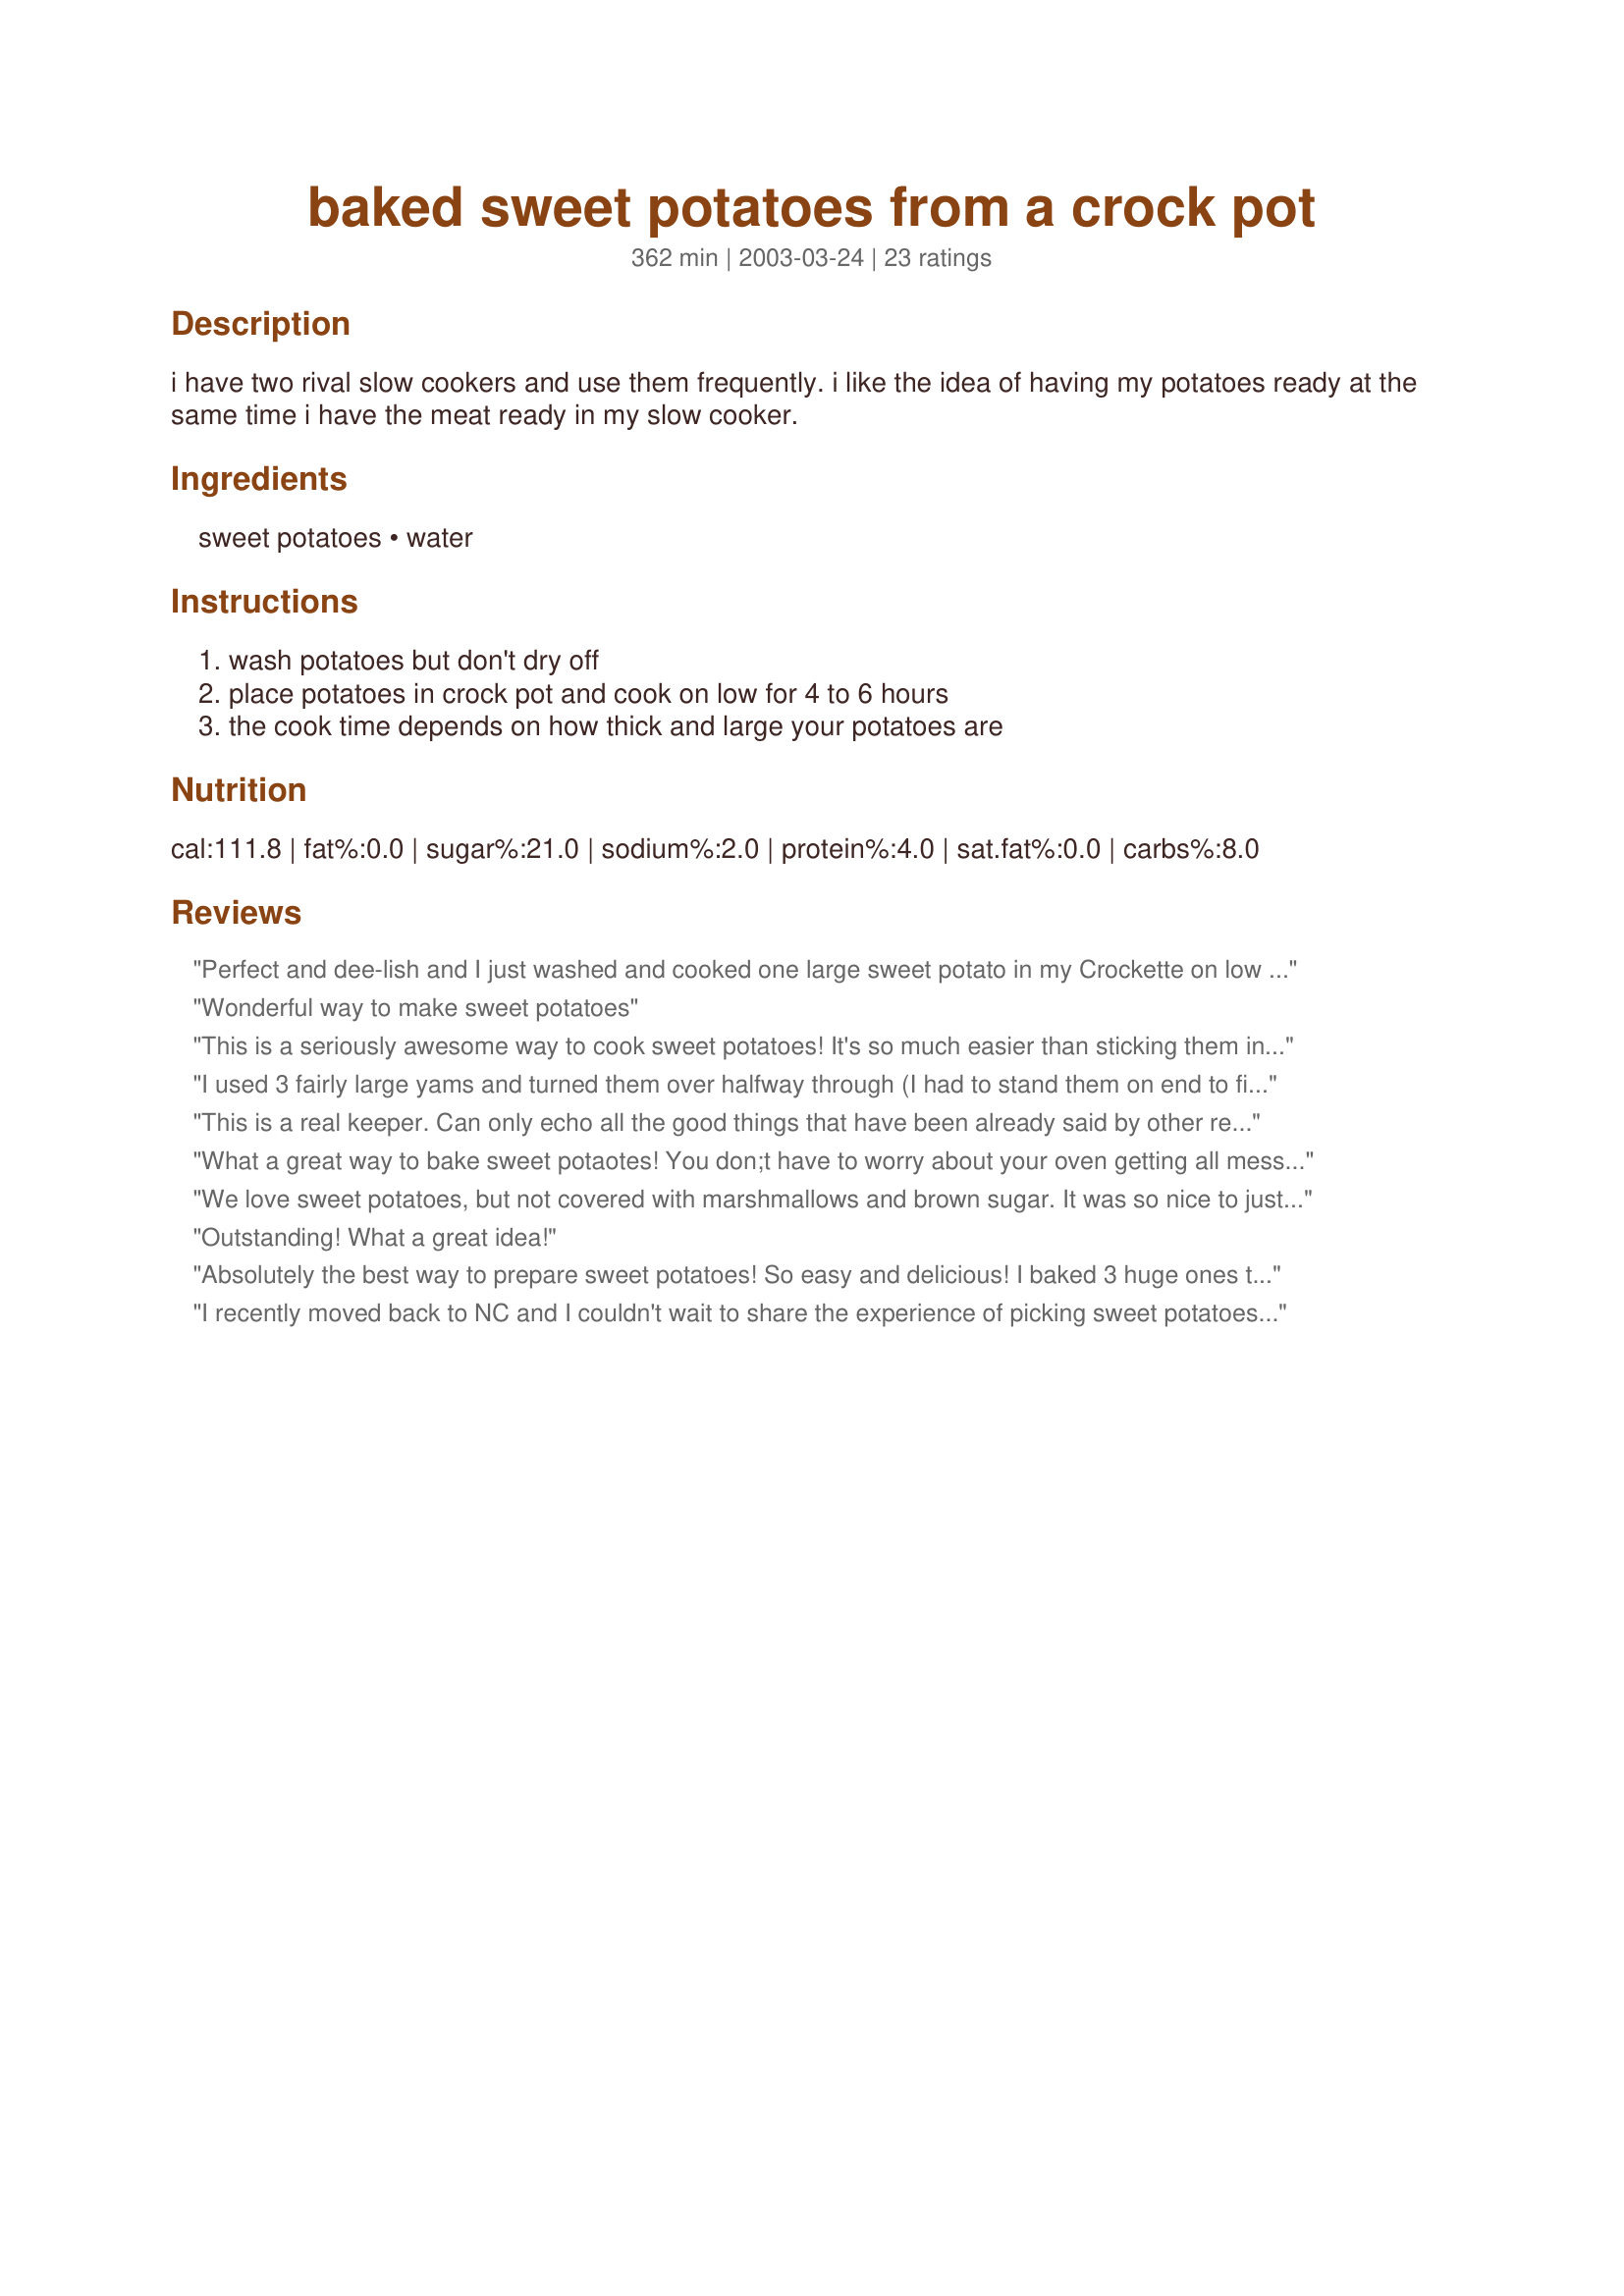
baked sweet potatoes from a crock pot
Preparation time: 362 minutes

i have two rival slow cookers and use them frequently. i like the idea of having my potatoes ready at the same time i have the meat ready in my slow cooker.

Ingredients:
sweet potatoes, water

Steps:
wash potatoes but don't dry off, place potatoes in crock pot and cook on low for 4 to 6 hours, the cook time depends on how thick and large your potatoes are

Reviews:
Perfect and dee-lish and I just 
washed and cooked one large sweet potato in my Crockette on low for 4 hours. Thanks for sharing this one !
Wonderful way to make sweet potatoes
This is a seriously awesome way to cook sweet potatoes! It's so much easier than sticking them in the oven!! They came out perfect and were so delicious! This is how I will make them from now on!
I used 3 fairly large yams and turned them over halfway through (I had to stand them on end to fit since my crockpot wasn't wide enough). They were tender after about 5 hours, at which I point I mashed them into a curry soup, but left one out for my four year-old who ate it straight with butter and asked for the leftovers the next two days at lunch!
This is a real keeper. Can only echo all the good things that have been already said by other reviewers. Thanks for posting Audrey M.
What a great way to bake sweet potaotes! You don;t have to worry about your oven getting all messy and the crockpot cleans up like a breeze! An added bonus is that the sweet potatoes stay SO moist! A definite keeper!
We love sweet potatoes, but not covered with marshmallows and brown sugar. It was so nice to just throw these in the crockpot on Thanksgiving and forget about them for a few hours. A little butter and salt made them perfect. Thanks for the great idea, Audrey!
Outstanding! What a great idea!
Absolutely the best way to prepare sweet potatoes! So easy and delicious! I baked 3 huge ones this morning and it took 4 1/2 hours. They were perfect by lunchtime!
I recently moved back to NC and I couldn't wait to share the experience of picking sweet potatoes with my children and city boy hubby. We had such a great time out in the dirt and trying to outdo each other by finding the biggest potatoes that we ended up with WAY more that I'd planned. I was feeling quite overwhelmed when I turned to recipezaar for a solution. This recipe is sooo easy my 7yo DD has taken on the task of putting them in the crockpot and helping me bag them up for the freezer. Thank you for sharing!
An excellent way to cook sweet potatoes. I put a sheet of parchment paper at the bottom of my slow cooker, to catch any juices that exude. They were perfect.
This is the best way to bake sweet potatoes.They turn out perfect every time. I love crockpot cooking so I'm always on the look out for good recipes. It works great with white potatoes too.
so easy and turns out great every time!
These are terrific! The only thing I did differently was to wrap each in foil to avoid a mess. I cooked 2 large sweet potatoes and 2 large white potatoes this way and it took 4 hours on low for them to be perfectly "baked". Thanks!!!
Excellent! These were the best 'baked' sweet potatoes we've ever tasted. They were so moist and the skins slid right off in one piece. Served these with some cinnamon butter for our Christmas dinner and they were loved by all!
Wow! What an easy, no-fail way to make sweet potatoes! My whole family loved it. I've done this several times now since finding this recipe and I will always do my sweet potatoes this way from now on. No wasting foil... and the crockpot barely even gets dirty... what a bonus! Thanks!!!
This was by far the easiest way to cook sweet potatoes! I had 3 huge ones that I cooked on low for a little over 4 hours and they turned out perfect. Clean up was a breeze compared to the oven!
I love making sweet potatoes this way. Like the other reviewer, I wrap them in foil. Two big potatoes cook in about 4 hours on high.
I put a small sweet potato in my crockette at breakfast. It was ready by lunch and perfect! This is a terrific way to enjoy roasted sweet potatoes without using the oven. Thank you!
These turned out great! Thanks for posting.
This is a delicious easy way to make sweet potatoes. They were soft enough for my baby to eat. Really yummy - thanks!
I'm not going to rate this with stars because I think I messed up. I only cooked 2 sweet potatoes but I had trouble getting them done. I guess they were bigger than I realized so I had to finish them in the oven. I'll definitely make this again and rate it with stars because I love the no mess cooking for sweet potatoes. 6-2-11: I made these again and cooked them longer and of course, this is a 5 star!! Loved the easy clean up and not turning the oven on. The ONLY way I'll make baked sweet potatoes from now on. Thanks!!
Does it get any easier than this? I don't think so. Never even thought about doing it but so glad I found your recipe. Just made 2 potatoes but during the holidays that crock pot will be packed. Thanks for posting.
